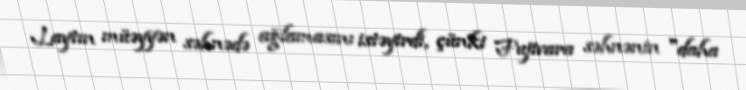
Laytın müəyyən səhnədə ağlamasını istəyirdi, çünki Fujivara səhnənin "daha